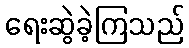
ရေးဆွဲခဲ့ကြသည်